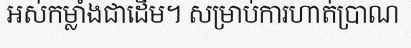
អស់កម្លាំងជាដើម។ សម្រាប់ការហាត់ប្រាណ